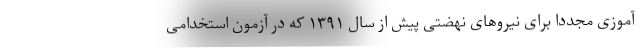
آموزی مجددا برای نیروهای نهضتی پیش از سال ۱۳۹۱ که در آزمون استخدامی